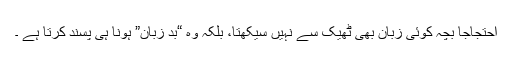
احتجاجاً بچہ کوئی زبان بھی ٹھیک سے نہیں سیکھتا، بلکہ وہ “بد زبان” ہونا ہی پسند کرتا ہے ۔